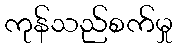
ကုန်သည်စက်မှု